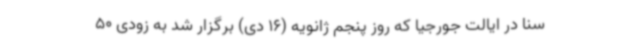
سنا در ایالت جورجیا که روز پنجم ژانویه (16 دی) برگزار شد به زودی 50